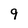
Character: 9